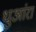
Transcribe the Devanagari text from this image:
धुआंरा